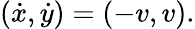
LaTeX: (\dot{x},\dot{y})=(-v,v).